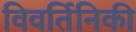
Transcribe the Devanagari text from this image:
विवर्तिनिकी